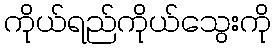
ကိုယ်ရည်ကိုယ်သွေးကို